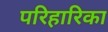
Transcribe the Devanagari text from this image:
परिहारिका